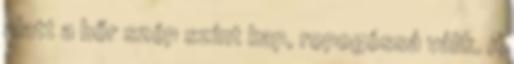
alatt a bőr szép színt kap, ropogóssá válik. A